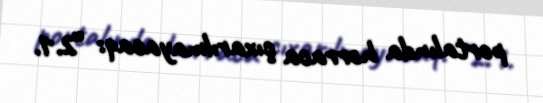
portalında hərraca çıxarılmayacaq: “2.1.